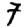
Digit: 7